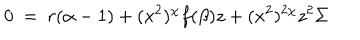
0 ~ = ~ r ( \alpha - 1 ) + ( x ^ { 2 } ) ^ { \chi } f ( \beta ) z + ( x ^ { 2 } ) ^ { 2 \chi } z ^ { 2 } \Sigma